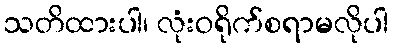
သတိထားပါ၊ လုံးဝရိုက်စရာမလိုပါ